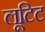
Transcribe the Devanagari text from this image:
लूटिट